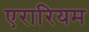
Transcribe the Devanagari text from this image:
एरारियम